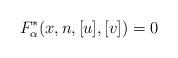
LaTeX: \begin{align*}F_{\alpha}^{\ast}(x,n,[u],[v])=0\end{align*}